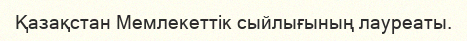
Қазақстан Мемлекеттік сыйлығының лауреаты.